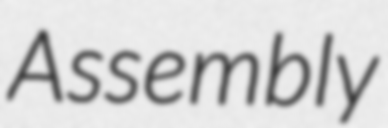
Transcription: Assembly